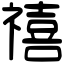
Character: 禧